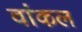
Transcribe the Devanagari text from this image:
वांकल